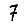
Digit: 7